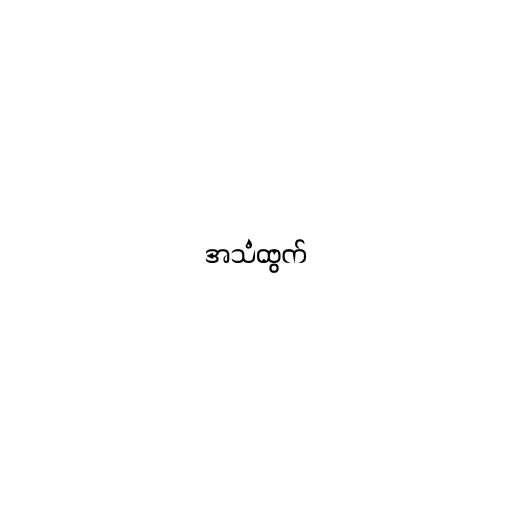
အသံထွက်